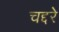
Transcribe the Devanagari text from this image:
चद्दरे